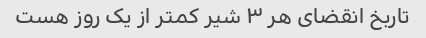
تاربخ انقضای هر ۳ شیر کمتر از یک روز هست